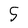
Character: 5